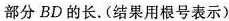
部分BD的长.（结果用根号表示）